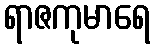
ရာဇကုမာရေ